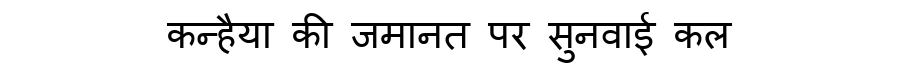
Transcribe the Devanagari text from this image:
कन्हैया की जमानत पर सुनवाई कल